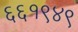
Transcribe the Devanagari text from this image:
६६१९४९